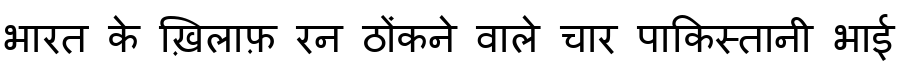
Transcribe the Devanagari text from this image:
भारत के ख़िलाफ़ रन ठोंकने वाले चार पाकिस्तानी भाई